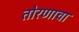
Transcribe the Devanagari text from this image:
तोरणाचा